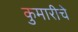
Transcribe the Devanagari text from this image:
कुमारीचे